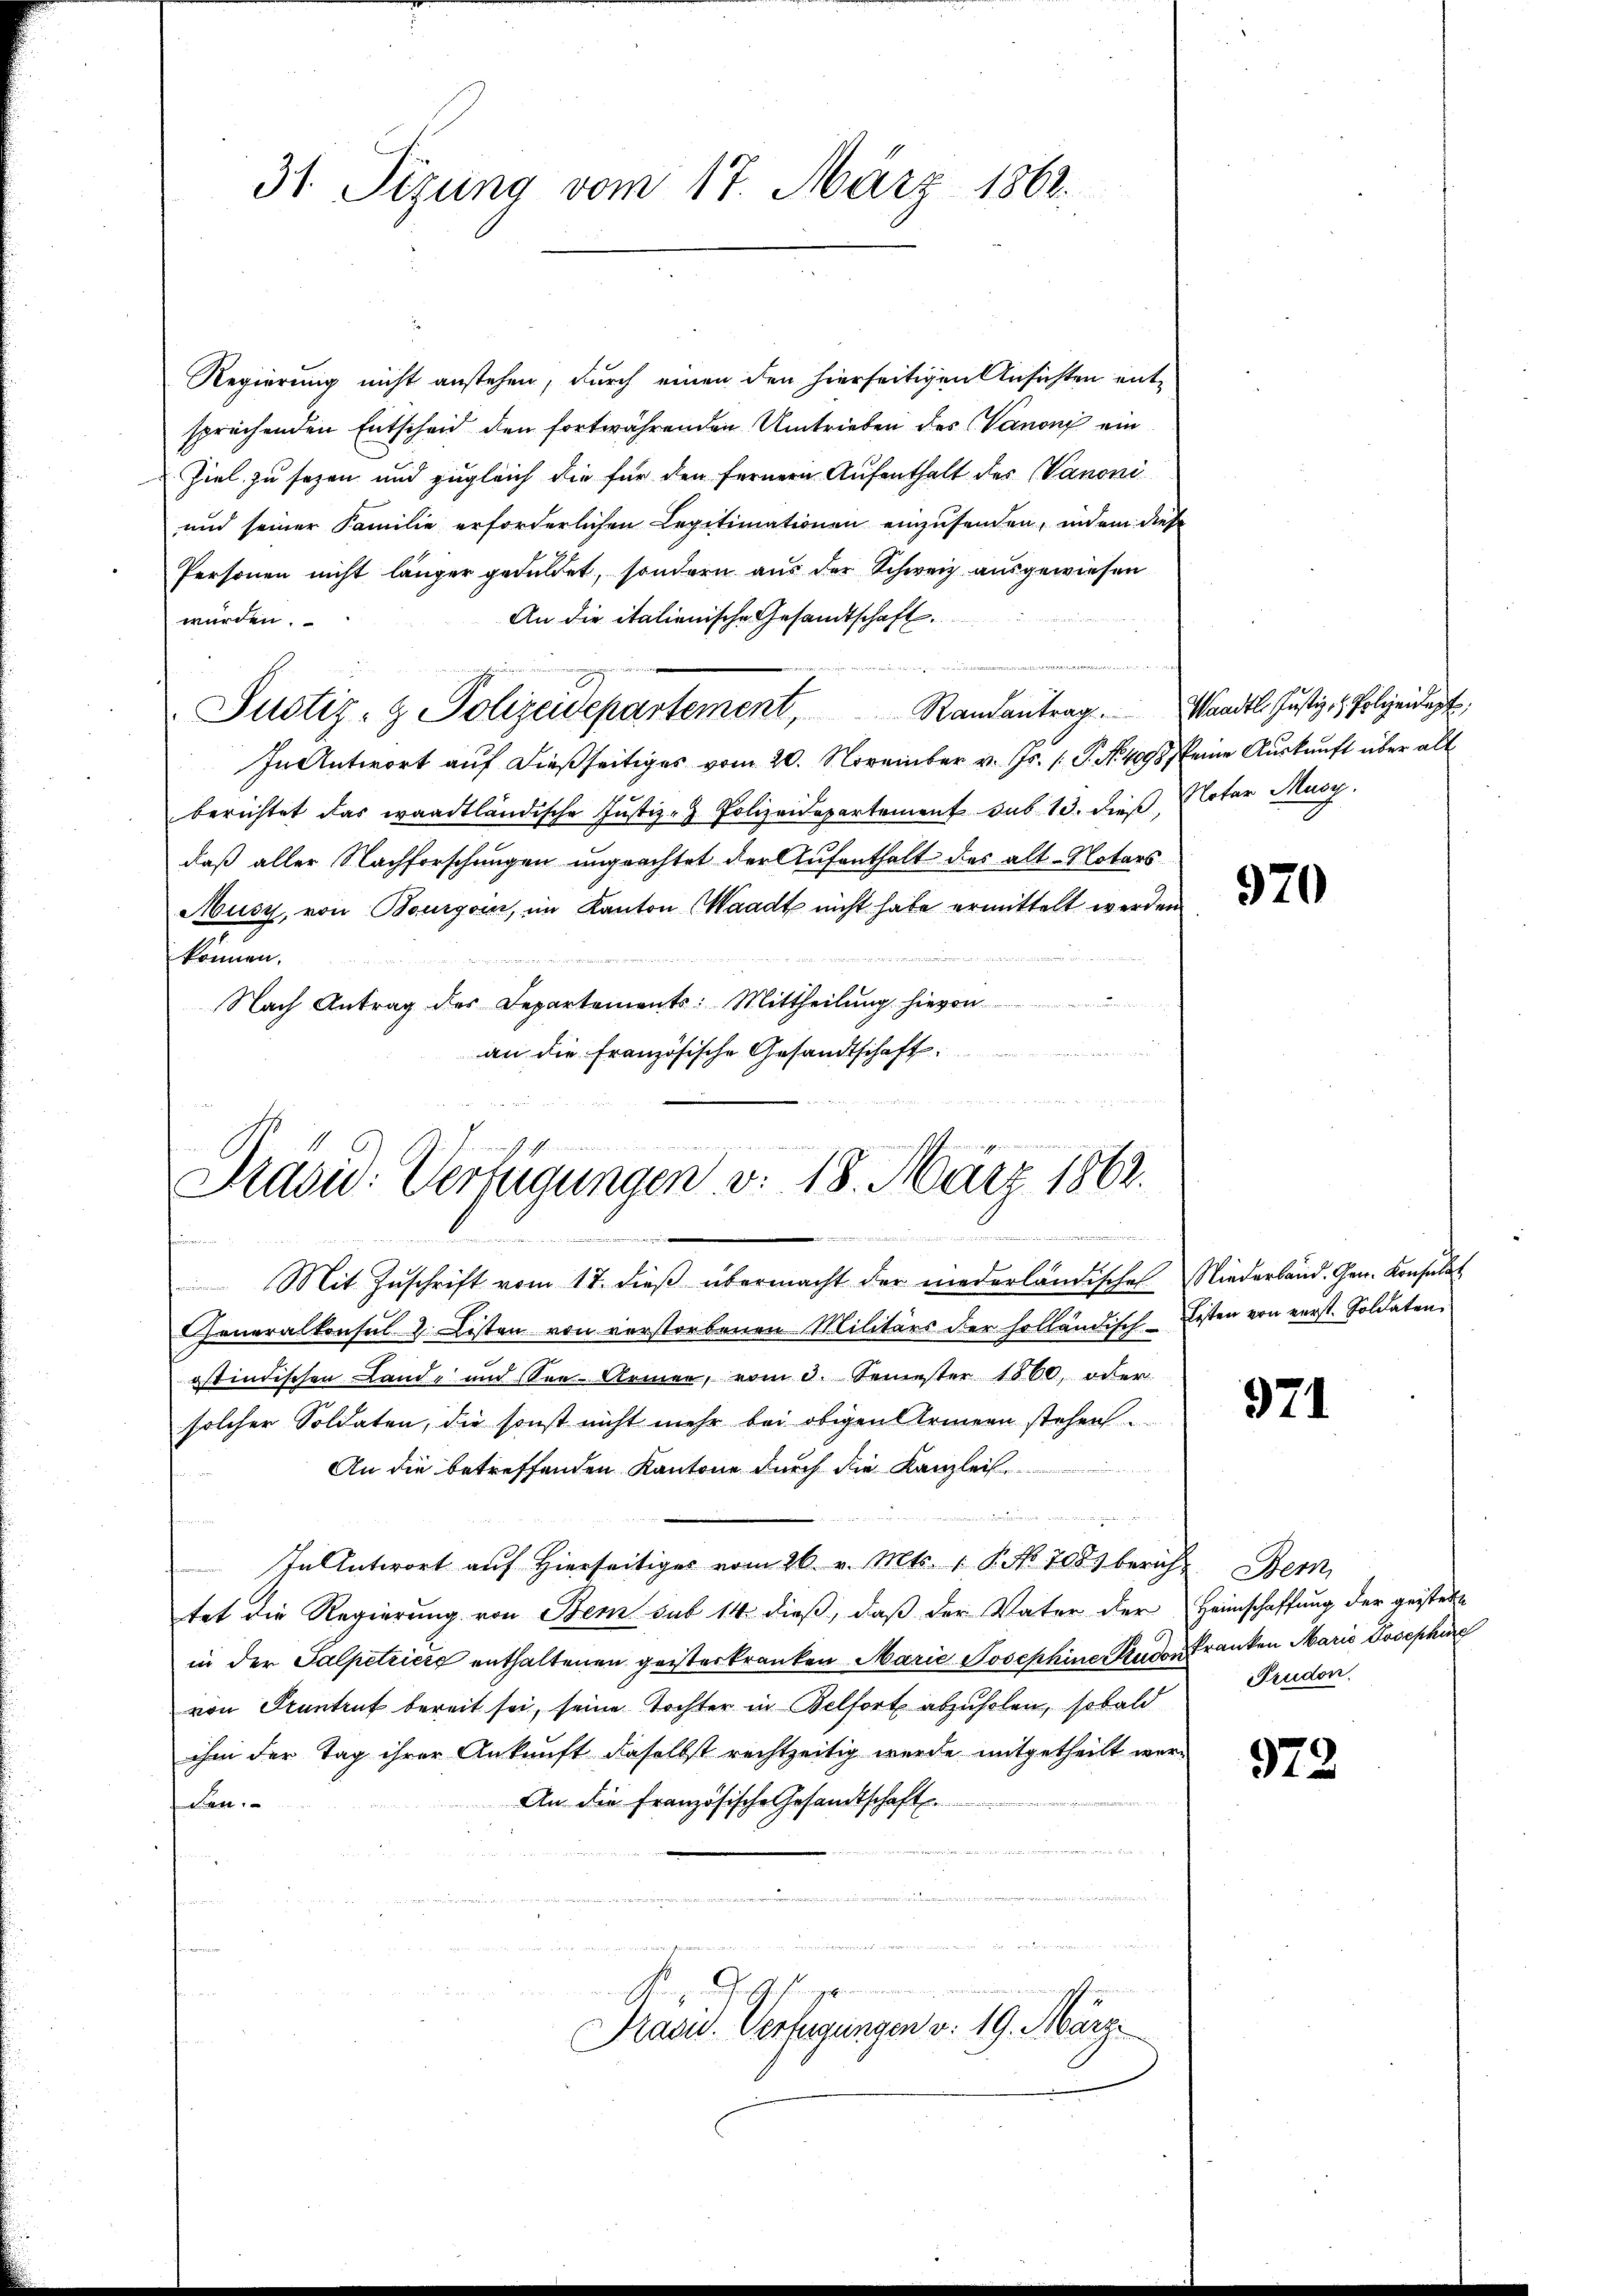
Regierung nicht anstehen, durch einen den hierseitigen Ansichten entsprechenden Entscheid den fortwährenden Umtrieben des Vanoni ein
Ziel zu sehen und zugleich die für den fernern Aufenthalt des Vanoni
und seiner Familie erforderlichen Legitimationen einzusenden, indem diese
Personen nicht länger geduldet, sondern aus der Schweiz ausgewiesen
An die italienische Gesandtschaft.
würden.
e
Justiz- & Polizeidepartement Randantrag. Wandl. Justiz- & Polizeidigt,
In Antwort auf dießseitiges vom 20. November v. Js. (: P. Nr. 4098 keine Auskunft über alt
berichtet das waadtländische Justiz- & Polizeidepartement sub. 13. dieß Notar Muoy.
daß aller Nachforschungen ungeachtet der Aufenthalt des alt-Notars
Musz, von Bourgoin, im Kanton Waadt nicht habe ermittelt werden

können,
n
Nach Antrag des Departements: Mittheilŭng hievon

an die Französische Gesandtschaft.

31. Sizung vom 17. März 1862.

u
Prasid: Verfügungen v. 18. März 1862.
.
Bern von einen den d

Mit Zŭschrift vom 17. dieβ übermacht der niederländisches Niederband. Gen. Konsulat
Generalkonsul u. Listen von verstorbenen Militärs der holländisch Listen von verst. Soldaten
istindischen Land- und See Armen, vom 3. Semester 1860, oder
solcher Soldaten, die sonst nicht mehr bei obigen Armeen stehen.
An die betreffenden Kantone durch die Kanzlei
veter einer
In Antwort auf Hierseitiges vom 26. v. Mts. 1 P. No. 7081 beruht Bern,
tet die Regierung von Bem sub 14 dieβ, daβ der Vater der Heimschaffung der geistette
in der Salpetriere enthaltenen geisterkranken Marie Josephine Studer Franken Maria Josephine
von Pruntrut bereit sei, seine Tochter in Belfort abzuholen, sobald
ihm der Tag ihrer Ankunft daselbst rechtzeitig wurde mitgetheilt wer¬
An die französische Gesandtschaft
den.

u
K. G.
Prasid. Verfügungen v. 19. März

970

971

Prudon.

972